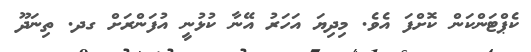
ކެޕްޓަންކަން ކޮށްފަ އެވެ. މިދިޔަ އަހަރު އޭނާ ކުޅުނީ އުފަންރަށް ގދ. ތިނަދޫ